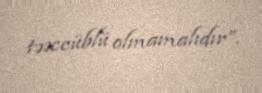
təəccüblü olmamalıdır”.